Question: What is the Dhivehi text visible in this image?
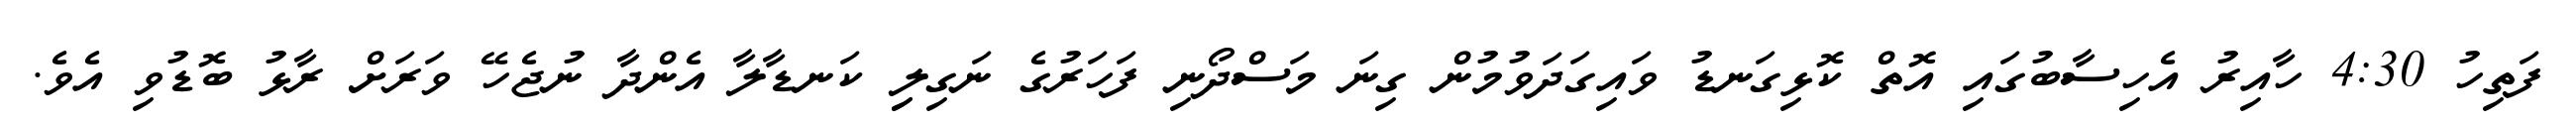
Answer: ފަތިހު 4:30 ހާއިރު އެހިސާބުގައި އޮތް ކޮޅިގަނޑު ވައިގަދަވުމުން ގިނަ މަސްދޯނި ފަހަރުގެ ނަގިލިި ކަނޑާލާ އެންދާ ނުޖެހޭ ވަރަށް ރާޅު ބޮޑުވި އެވެ.